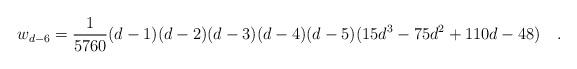
LaTeX: \begin{align*}w_{d-6}={1 \over 5760}(d-1)(d-2)(d-3)(d-4)(d-5)(15d^3-75d^2+110d-48)~~~.\end{align*}